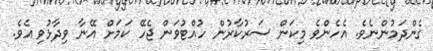
ގެންދަމުންނެވެ. އެހެންވެ މިކަން ސަރުކާރުން ހުއްޓުވަން ޖެހޭ ކަމަށް އޭނާ ވިދާޅުވި އެވެ.